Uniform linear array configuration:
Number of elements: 4
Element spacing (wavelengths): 0.5
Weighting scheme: binomial
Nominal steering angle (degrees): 15
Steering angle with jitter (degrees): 14.634
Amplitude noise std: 0.05
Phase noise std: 0.05

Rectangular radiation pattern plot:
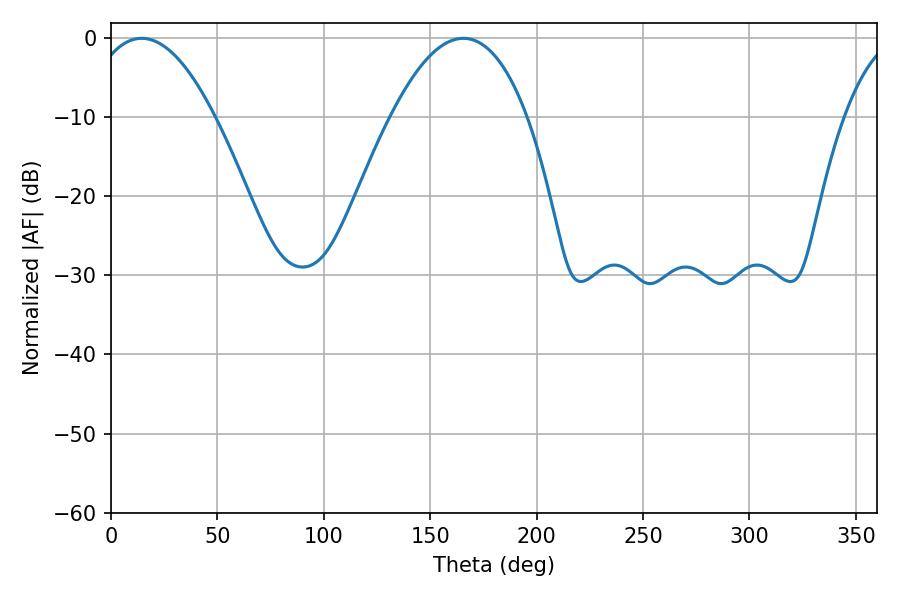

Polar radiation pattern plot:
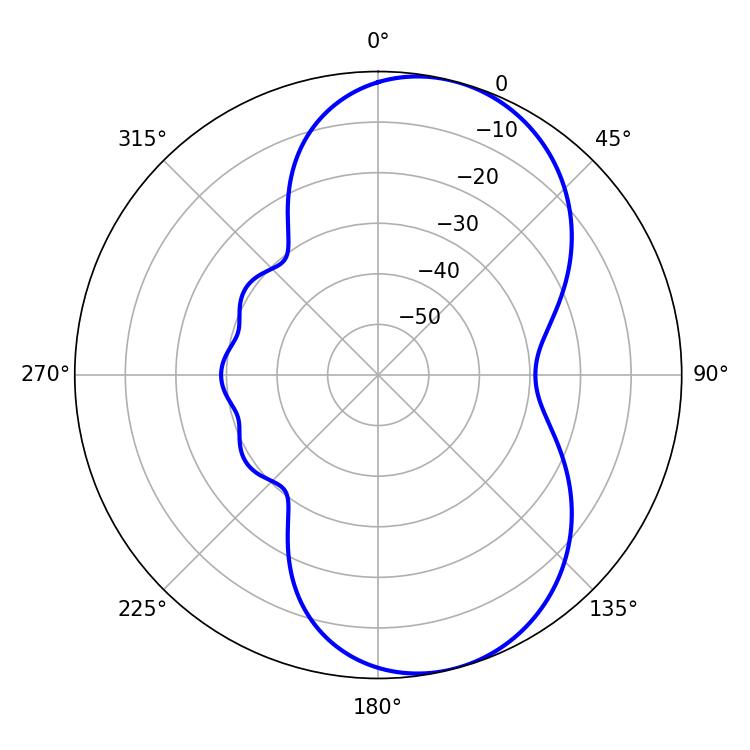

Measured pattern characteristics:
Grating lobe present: FALSE
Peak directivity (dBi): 7.577
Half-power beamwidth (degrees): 32.76
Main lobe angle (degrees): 14.4